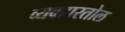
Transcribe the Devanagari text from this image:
व्यवहारतोल